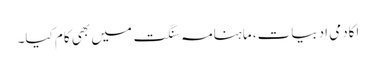
اکادمی ادبیات، ماہنامہ سنگت میں بھی کام کیا۔